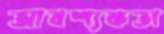
আবশ্যকতা